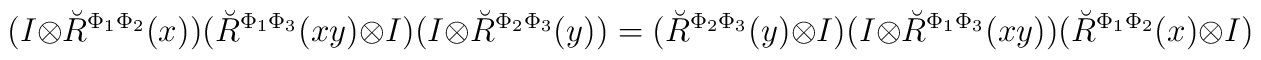
(I\otimes\breve{R}^{\Phi_1\Phi_2}(x))(\breve{R}^{\Phi_1\Phi_3}(xy)  \otimes I)(I\otimes\breve{R}^{\Phi_2\Phi_3}(y))=  (\breve{R}^{\Phi_2\Phi_3}(y)\otimes I)(I\otimes \breve{R}^{\Phi_1\Phi_3}(xy))  (\breve{R}^{\Phi_1\Phi_2}(x)\otimes I)